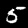
Label: 5